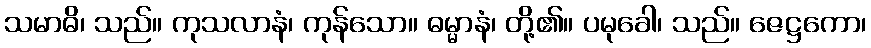
သမာဓိ၊ သည်။ ကုသလာနံ၊ ကုန်သော။ ဓမ္မာနံ၊ တို့၏။ ပမုခေါ၊ သည်။ ဇေဋ္ဌကော၊